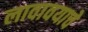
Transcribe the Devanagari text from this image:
लावावयाचे